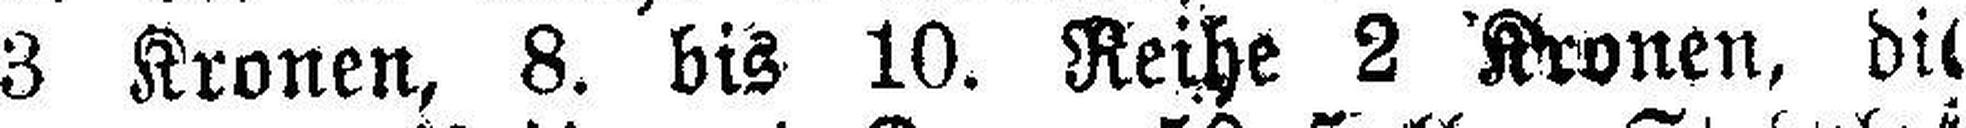
3 Kronen, 8. bis 10. Reihe 2 Kronen, die